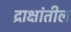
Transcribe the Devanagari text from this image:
द्राक्षांतील